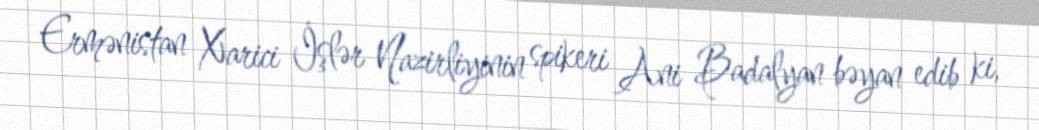
Ermənistan Xarici İşlər Nazirliyinin spikeri Ani Badalyan bəyan edib ki,